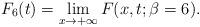
LaTeX: \begin{gather*}F_{6}(t) = \lim_{x\to +\infty}F(x, t;\beta=6).\end{gather*}